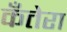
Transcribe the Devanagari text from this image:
कँतेरा